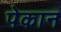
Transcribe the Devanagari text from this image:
पेकान